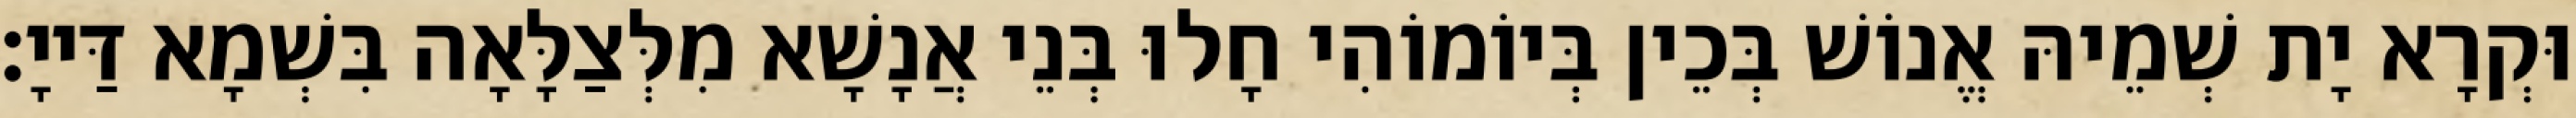
וּקְרָא יָת שְׁמֵיהּ אֱנוֹשׁ בְּכֵין בְּיוֹמוֹהִי חָלוּ בְּנֵי אֲנָשָׁא מִלְּצַלָּאָה בִּשְׁמָא דַּייָ׃